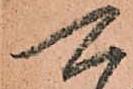
可